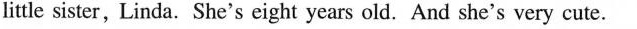
little sister, Linda. She's eight years old. And she's very cute.